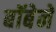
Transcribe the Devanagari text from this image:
बॉबेने